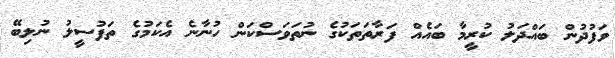
ވަފުދުން ބައްދަލު ކުރީމާ ބައެއް ފަރާތަތަކުގެ ނުތަވަސްކަން ހުނާނެ އެކަމުގެ ތަފުސީލު ނުލިބޭ